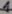
Text: 1